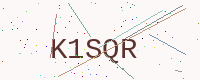
Text: K1SQR